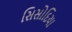
સિસોદિયા